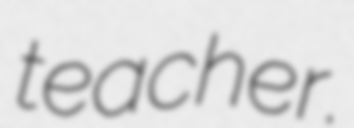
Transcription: teacher.